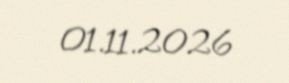
01.11.2026